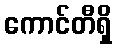
ကောင်တီရှိ